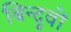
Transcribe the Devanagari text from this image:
बिन्दुवों